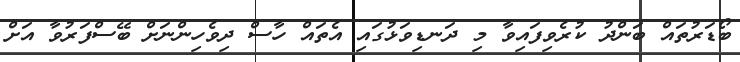
ބޯޑަރުތައް ބަންދު ކުރެވިފައިވާ މި ދަނޑިވަޅުގައި އެތައް ހާސް ދިވެހިންނަށް ބޭސްފަރުވާ އަށް